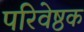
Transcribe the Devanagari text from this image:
परिवेष्ठक